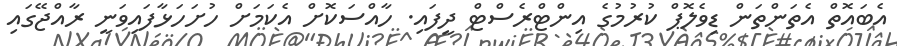
އެބައޮތް އެތަންތަން ޑިވެލޮޕް ކުރުމުގެ އިންޓްރެސްޓް ދީފައި. ހާއްސަކޮށް އެކަމަށް ހުށަހަޅާފައިވަނީ ރާއްޖޭގައި